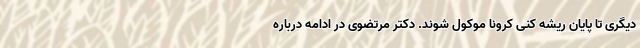
دیگری تا پایان ریشه کنی کرونا موکول شوند. دکتر مرتضوی در ادامه درباره